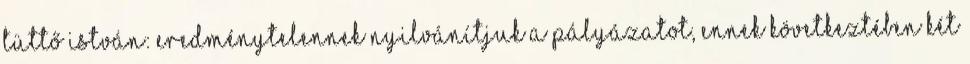
Tüttő István: Eredménytelennek nyilvánítjuk a pályázatot, ennek következtében két